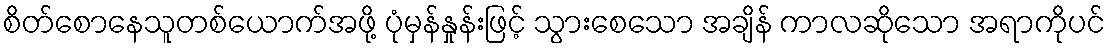
စိတ်စောနေသူတစ်ယောက်အဖို့ ပုံမှန်နှုန်းဖြင့် သွားစေသော အချိန် ကာလဆိုသော အရာကိုပင်